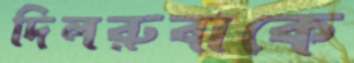
দিলরুবাকে